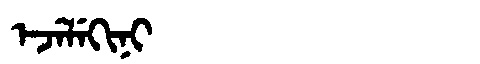
Manchu: ᡝᠵᡝᠯᡝᡴᡳᠨᡳ
Romanization: EJELEKINI